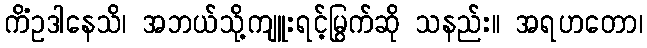
ကိံဥဒါနေသိ၊ အဘယ်သို့ကျူးရင့်မြွက်ဆို သနည်း။ အရဟတော၊